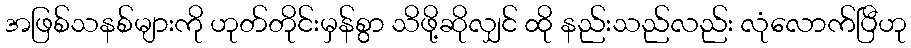
အဖြစ်သနစ်များကို ဟုတ်တိုင်းမှန်စွာ သိဖို့ဆိုလျှင် ထို နည်းသည်လည်း လုံလောက်ပြီဟု